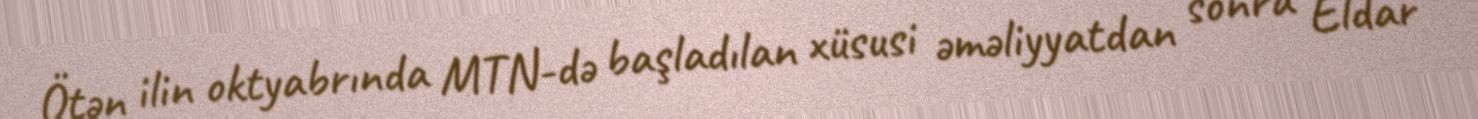
Ötən ilin oktyabrında MTN-də başladılan xüsusi əməliyyatdan sonra Eldar